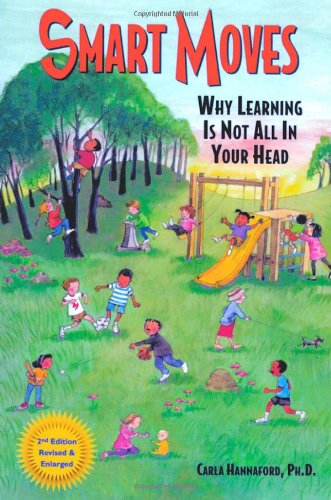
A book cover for Smart Moves: Why Learning Is Not All in Your Head; Carla Hannaford; Literature & Fiction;